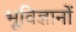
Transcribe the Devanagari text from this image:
भूविज्ञानों